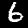
Digit: 6